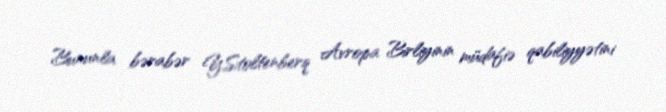
Bununla bərabər Y.Stoltenberq Avropa Birliyinin müdafiə qabiliyyətini